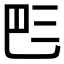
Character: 𠀧